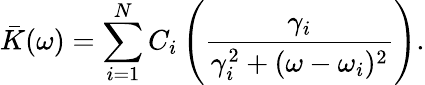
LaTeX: \bar{K}(\omega)=\sum_{i=1}^{N}C_{i}\left(\frac{\gamma_{i}}{\gamma_{i}^{2}+(\omega-\omega_{i})^{2}}\right).